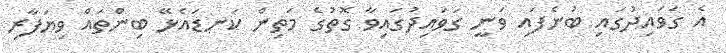
އެ ގަވައިދުގައި ބުނެފައި ވަނީ ގަވައިދުގައިވާ ގޮތުގެ މަތިން ކަނޑައެޅޭ ބިންތައް ވިޔަފާރި